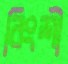
বিংশী